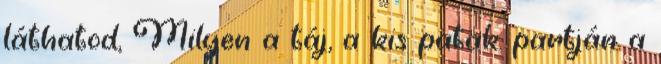
láthatod, Milyen a táj, a kis patak. partján a